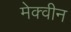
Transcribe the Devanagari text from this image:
मेक्वीन